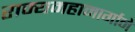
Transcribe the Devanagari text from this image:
राज्यमहामार्गाने